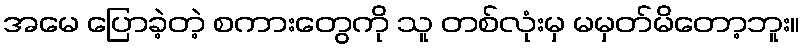
အမေ ပြောခဲ့တဲ့ စကားတွေကို သူ တစ်လုံးမှ မမှတ်မိတော့ဘူး။